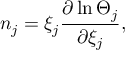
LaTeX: n _ { j } = \xi _ { j } \frac { \partial \ln \Theta _ { j } } { \partial { { \xi } _ { j } } } ,